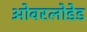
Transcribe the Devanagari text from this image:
ओवरलोडेड